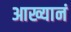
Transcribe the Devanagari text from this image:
आख्यानं